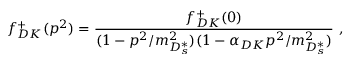
f _ { D K } ^ { + } ( p ^ { 2 } ) = \frac { f _ { D K } ^ { + } ( 0 ) } { ( 1 - p ^ { 2 } / m _ { D _ { s } ^ { * } } ^ { 2 } ) ( 1 - \alpha _ { D K } p ^ { 2 } / m _ { D _ { s } ^ { * } } ^ { 2 } ) } ~ ,